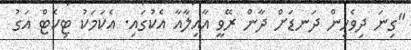
"ގިނަ ދިވެހިން ދަނޑަށް ދާން ރޭވީ އާއިލާއާ އެކުގައި. އެކަމަކު ޓިކެޓް އަގު